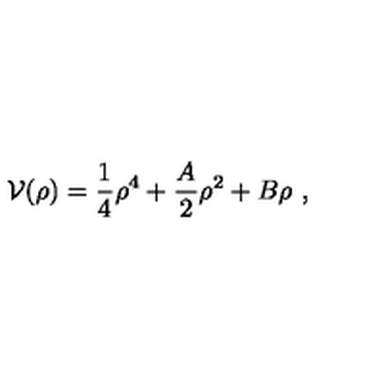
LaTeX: { \cal V } ( \rho ) = { \frac { 1 } { 4 } } \rho ^ { 4 } + { \frac { A } { 2 } } \rho ^ { 2 } + B \rho \ ,